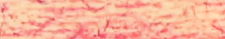
NowHiring